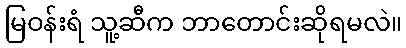
မြဝန်းရံ သူ့ဆီက ဘာတောင်းဆိုရမလဲ။